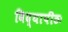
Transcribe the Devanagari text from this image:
विद्यापीठः